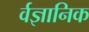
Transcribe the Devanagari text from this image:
र्वज्ञानिक